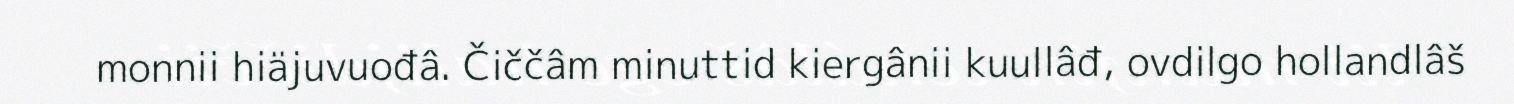
monnii hiäjuvuođâ. Čiččâm minuttid kiergânii kuullâđ, ovdilgo hollandlâš